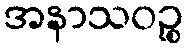
အနာသဝဉ္စ